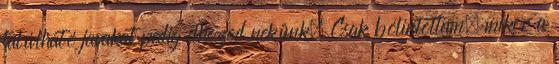
található javakat pedig elhozod nekünk. Csak bólintottam, mikor a